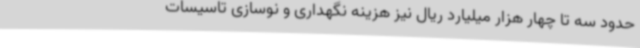
حدود سه تا چهار هزار میلیارد ریال نیز هزینه نگهداری و نوسازی تاسیسات